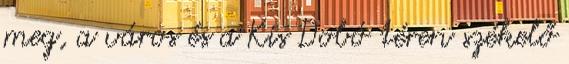
meg, a város és a Kis Dobó téren székelő